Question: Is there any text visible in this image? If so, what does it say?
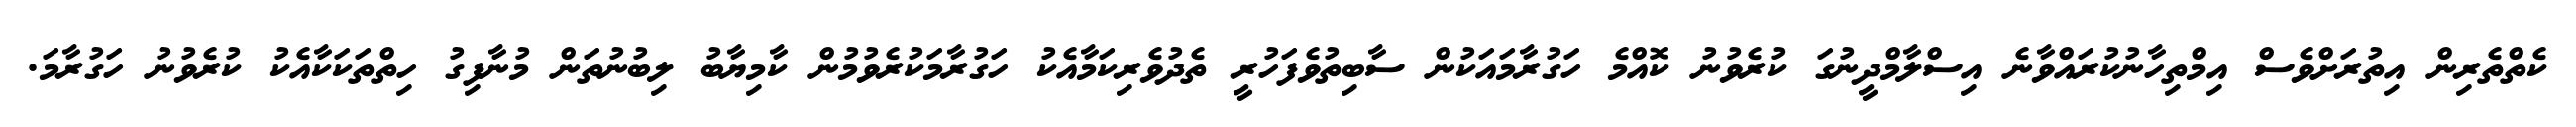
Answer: ކެތްތެރިން އިތުރަށްވެސް އިމްތިހާނުކުރައްވާނެ އިސްލާމްދީނުގަ ކުރެވުނު ކޮއްމެ ހަގުރާމައަކުން ސާބިތުވެފަހުރީ ތެދުވެރިކަމާއެކު ހަގުރާމަކުރެވުމުން ކާމިޔާބު ލިބުނުތަން މުނާފިގު ހިތްތަކަކާއެކު ކުރެވުނު ހަގުރާމަ.